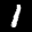
Label: 1